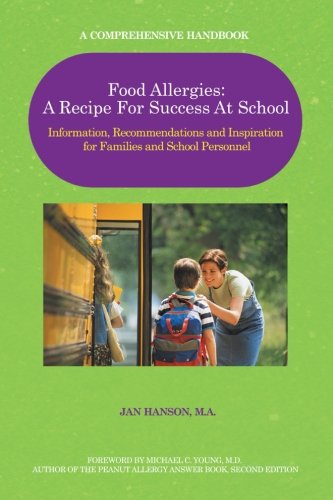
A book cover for Food Allergies: A Recipe For Success At School: Information, Recommendations and Inspiration for Families and School Personnel; Jan Hanson; Health, Fitness & Dieting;